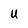
Character: U